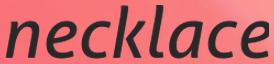
necklace